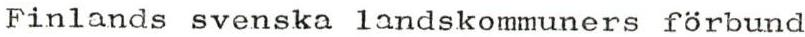
Finlands svenska landskommuners förbund